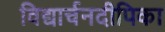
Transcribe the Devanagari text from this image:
विद्यार्चनदीपिका